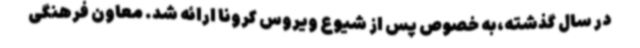
در سال گذشته،به خصوص پس از شیوع ویروس کرونا ارائه شد. معاون فرهنگی